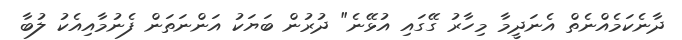
ދާނެކަމެއްނެތް އެނަދީމާ މިހާރު ގޭގައި އުޅޭނެ" ދުރުން ބަޔަކު އަންނަތަން ފެނުމާއިއެކު ލުބާ